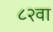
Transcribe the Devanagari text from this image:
८२वा